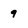
Character: 9